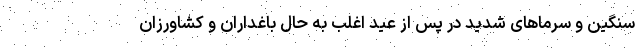
سنگین و سرماهای شدید در پس از عید اغلب به حال باغداران و کشاورزان